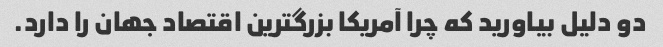
دو دلیل بیاورید که چرا آمریکا بزرگترین اقتصاد جهان را دارد.